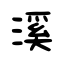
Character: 溪